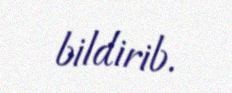
bildirib.